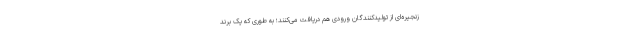
زنجیره‌ای از تولیدکنندگان ورودی هم دریافت می‌کنند؛ به طوری که یک برند